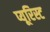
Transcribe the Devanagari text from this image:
प्यूरिस्ट